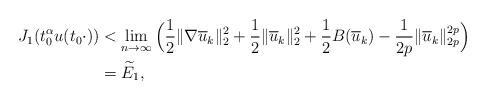
LaTeX: \begin{align*}J_{1}(t_{0}^{\alpha}u(t_{0}\cdot))&<\mathop{\lim}\limits_{n\rightarrow\infty}\Big(\frac{1}{2}\|\nabla\overline{u}_{k}\|_{2}^{2}+\frac{1}{2}\|\overline{u}_{k}\|_{2}^{2}+\frac{1}{2}B(\overline{u}_{k})-\frac{1}{2p}\|\overline{u}_{k}\|_{2p}^{2p}\Big)\\&=\widetilde{E}_{1},\end{align*}